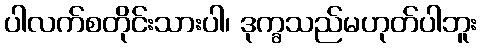
ပါလက်စတိုင်းသားပါ၊ ဒုက္ခသည်မဟုတ်ပါဘူး